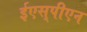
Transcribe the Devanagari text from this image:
ईएस्‌पीएन